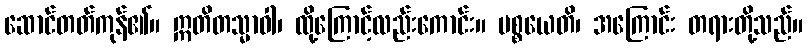
ဆောင်တတ်ကုန်၏။ ဣတိတသ္မာဝါ၊ ထို့ကြောင့်လည်းကောင်း။ ပစ္စယေတိ၊ အကြောင်း တရားတို့သည်။